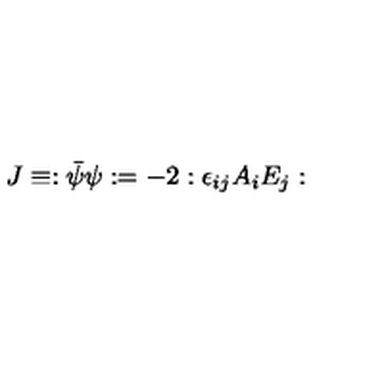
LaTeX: J \equiv : \bar { \psi } \psi : = - 2 : \epsilon _ { i j } A _ { i } E _ { j } :